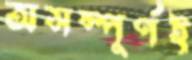
অসম্পূর্ণই